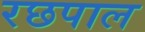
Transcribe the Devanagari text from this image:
रछपाल